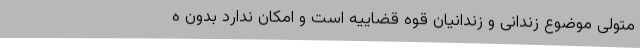
متولی موضوع زندانی و زندانیان قوه قضاییه است و امکان ندارد بدون ه